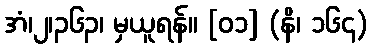
အံ၊၂၊၃၆၃၊ မှယူရန်။ [၀၁] (နိ၊ ၁၆၄)